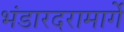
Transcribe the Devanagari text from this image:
भंडारदरामार्गे